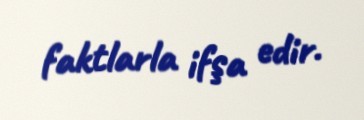
faktlarla ifşa edir.